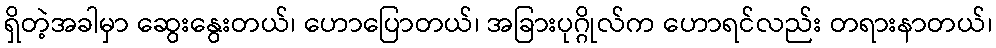
ရှိတဲ့အခါမှာ ဆွေးနွေးတယ်၊ ဟောပြောတယ်၊ အခြားပုဂ္ဂိုလ်က ဟောရင်လည်း တရားနာတယ်၊